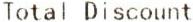
TOTAL DISCOUNT